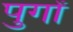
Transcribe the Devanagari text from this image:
पुगों